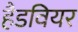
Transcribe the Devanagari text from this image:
हैडवियर